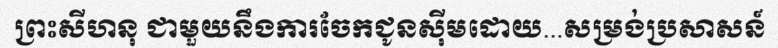
ព្រះសីហនុ ជាមួយនឹងការចែកជូនស៊ីមដោយ...សម្រង់ប្រសាសន៍